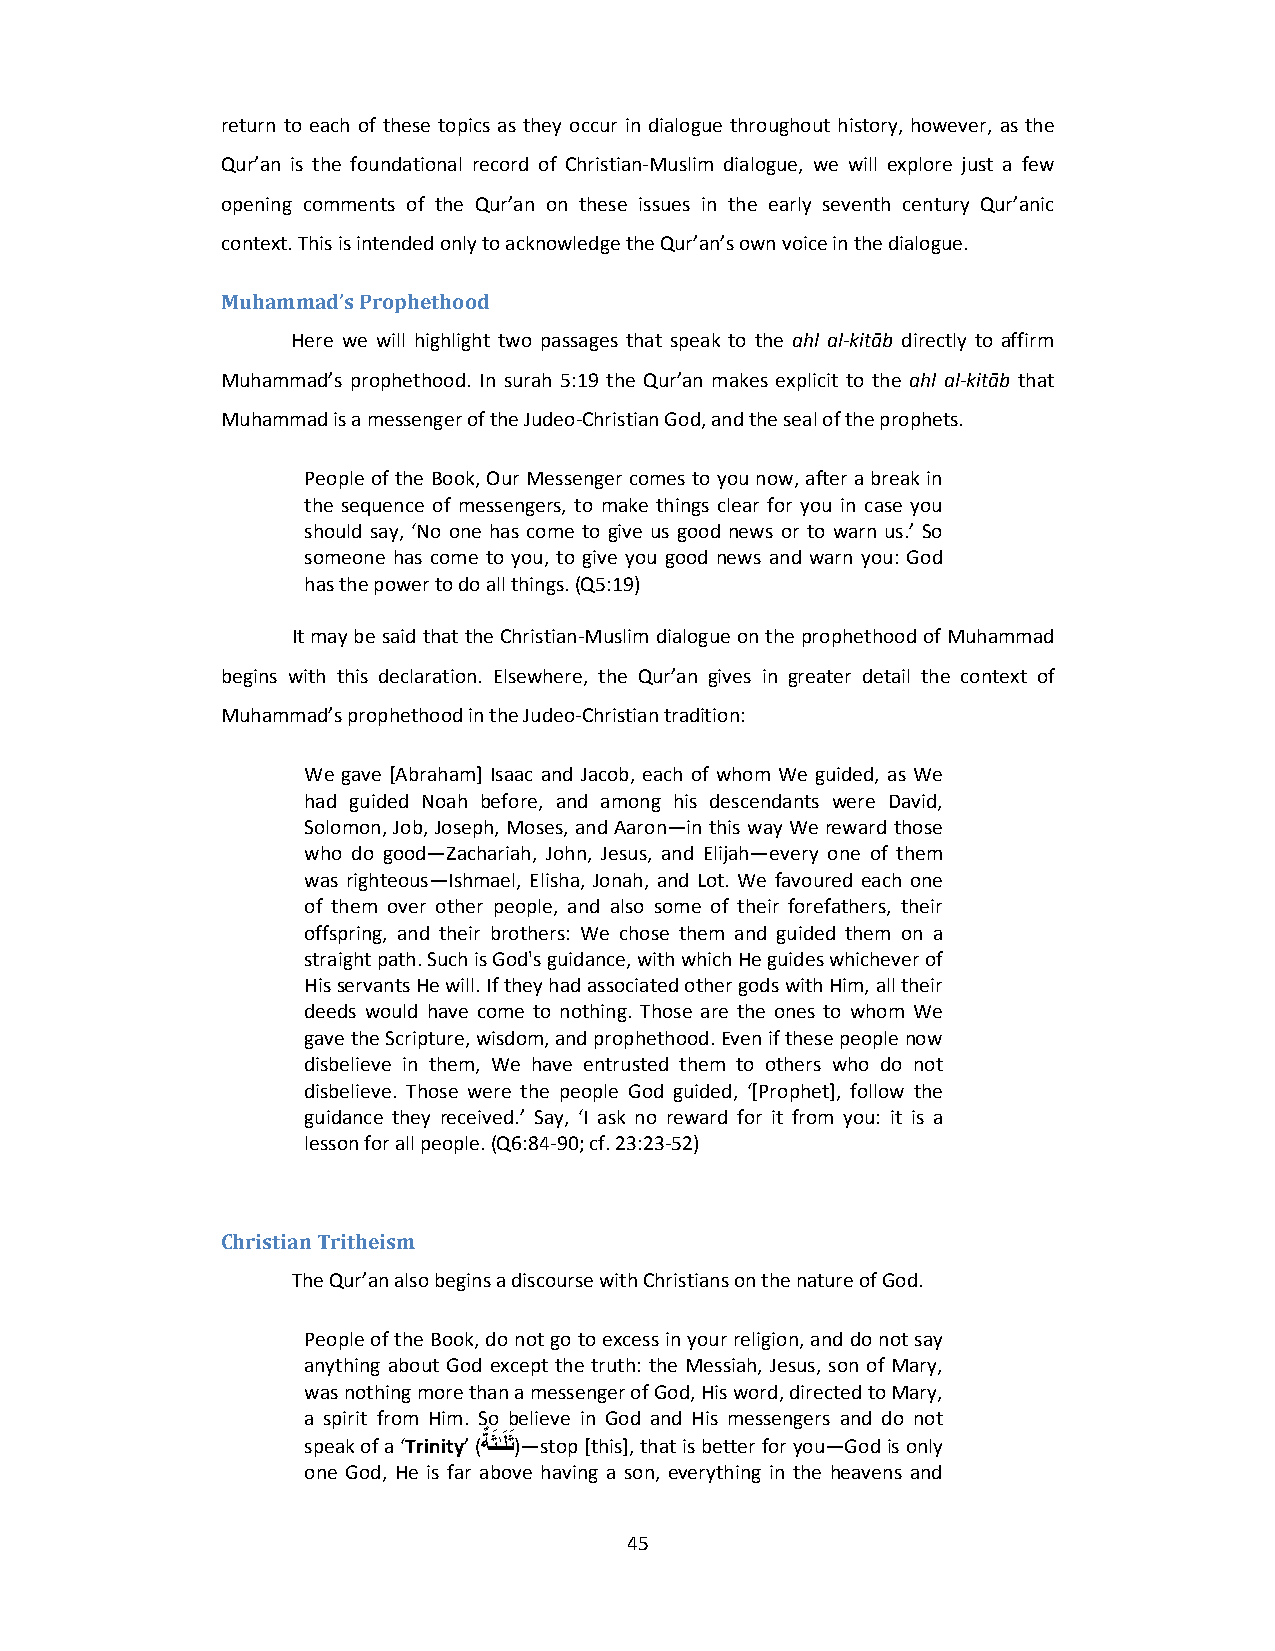
return to each of these topics as they occur in dialogue throughout history, however, as the
 Qur’an is the foundational record of Christian‐Muslim dialogue, we will explore just a few
 opening comments of the Qur’an on these issues in the early seventh century Qur’anic
 context. This is intended only to acknowledge the Qur’an’s own voice in the dialogue.
 Muhammad’s Prophethood
 Here we will highlight two passages that speak to the ahl al‐kitāb directly to affirm
 Muhammad’s prophethood. In surah 5:19 the Qur’an makes explicit to the ahl al‐kitāb that
 Muhammad is a messenger of the Judeo‐Christian God, and the seal of the prophets.
 People of the Book, Our Messenger comes to you now, after a break in
 the sequence of messengers, to make things clear for you in case you
 should say, ‘No one has come to give us good news or to warn us.’ So
 someone has come to you, to give you good news and warn you: God
 has the power to do all things. (Q5:19)
 It may be said that the Christian‐Muslim dialogue on the prophethood of Muhammad
 begins with this declaration. Elsewhere, the Qur’an gives in greater detail the context of
 Muhammad’s prophethood in the Judeo‐Christian tradition:
 We gave [Abraham] Isaac and Jacob, each of whom We guided, as We
 had guided Noah before, and among his descendants were David,
 Solomon, Job, Joseph, Moses, and Aaron—in this way We reward those
 who do good—Zachariah, John, Jesus, and Elijah—every one of them
 was righteous—Ishmael, Elisha, Jonah, and Lot. We favoured each one
 of them over other people, and also some of their forefathers, their
 offspring, and their brothers: We chose them and guided them on a
 straight path. Such is God's guidance, with which He guides whichever of
 His servants He will. If they had associated other gods with Him, all their
 deeds would have come to nothing. Those are the ones to whom We
 gave the Scripture, wisdom, and prophethood. Even if these people now
 disbelieve in them, We have entrusted them to others who do not
 disbelieve. Those were the people God guided, ‘[Prophet], follow the
 guidance they received.’ Say, ‘I ask no reward for it from you: it is a
 lesson for all people. (Q6:84‐90; cf. 23:23‐52)
 Christian Tritheism
 The Qur’an also begins a discourse with Christians on the nature of God.
 People of the Book, do not go to excess in your religion, and do not say
 anything about God except the truth: the Messiah, Jesus, son of Mary,
 was nothing more than a messenger of God, His word, directed to Mary,
 a spirit from Him. So believe in God and His messengers and do not
 speak of a ‘Trinity’ (
 ةٌ ثَـٰلَثَ
 )—stop [this], that is better for you—God is only
 one God, He is far above having a son, everything in the heavens and
 45